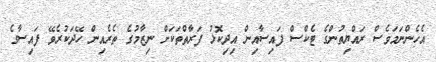
އެހެންނަމަވެސް ރައްޔިތުންގެ ޓެކްސް ފައިސާއިން އިދިކޮޅު ފަރާތްތަކަށް ނިޒާމުގެ ތެރެއިން ހޭދަކުރެވޭ ފައިސާގެ